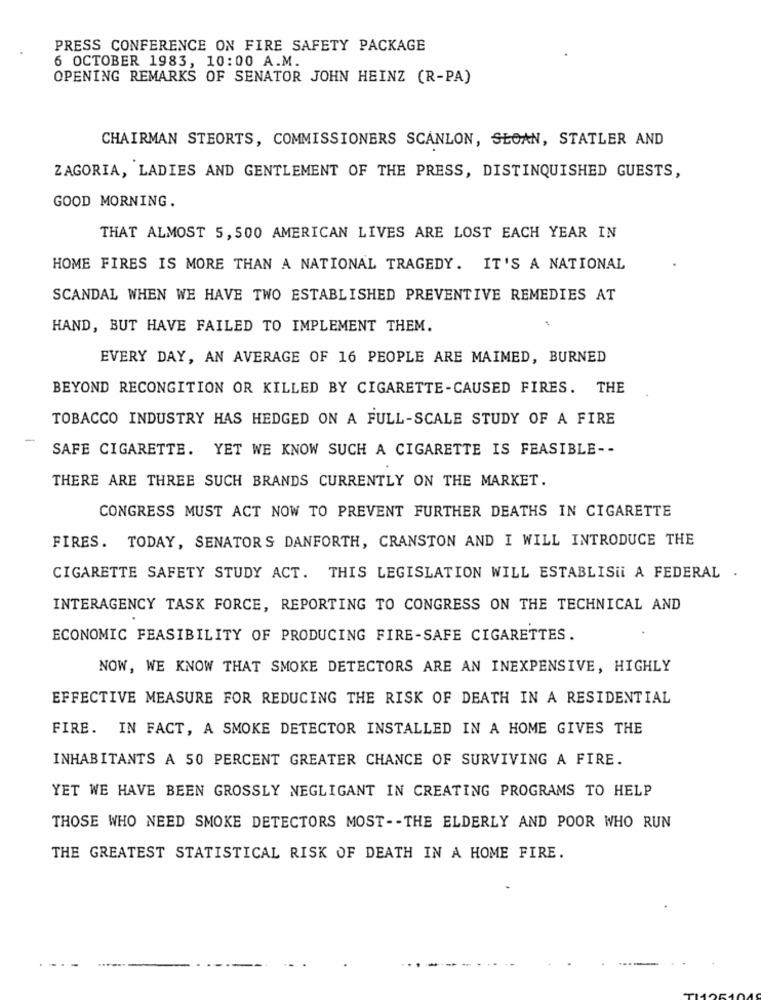
PRESS CONFERENCE ON FIRE SAFETY PACKAGE
6 OCTOBER 1983, 10:00 A.M.
OPENING REMARKS OF SENATOR JOHN HEINZ (R-PA)
CHAIRMAN STEORTS, COMMISSIONERS SCANLON, SLOAN, STATLER AND
ZAGORIA, LADIES AND GENTLEMENT OF THE PRESS, DISTINQUISHED GUESTS,
GOOD MORNING.
THAT ALMOST 5, 500 AMERICAN LIVES ARE LOST EACH YEAR IN
HOME FIRES IS MORE THAN A NATIONAL TRAGEDY. IT'S A NATIONAL
SCANDAL WHEN WE HAVE TWO ESTABLISHED PREVENTIVE REMEDIES AT
HAND, BUT HAVE FAILED TO IMPLEMENT THEM.
EVERY DAY, AN AVERAGE OF 16 PEOPLE ARE MAIMED, BURNED
BEYOND RECONGITION OR KILLED BY CIGARETTE-CAUSED FIRES. THE
TOBACCO INDUSTRY HAS HEDGED ON A FULL-SCALE STUDY OF A FIRE
SAFE CIGARETTE. YET WE KNOW SUCH A CIGARETTE IS FEASIBLE --
THERE ARE THREE SUCH BRANDS CURRENTLY ON THE MARKET.
CONGRESS MUST ACT NOW TO PREVENT FURTHER DEATHS IN CIGARETTE
FIRES. TODAY, SENATORS DANFORTH, CRANSTON AND I WILL INTRODUCE THE
CIGARETTE SAFETY STUDY ACT. THIS LEGISLATION WILL ESTABLISii A FEDERAL .
INTERAGENCY TASK FORCE, REPORTING TO CONGRESS ON THE TECHNICAL AND
ECONOMIC FEASIBILITY OF PRODUCING FIRE-SAFE CIGARETTES.
NOW, WE KNOW THAT SMOKE DETECTORS ARE AN INEXPENSIVE, HIGHLY
EFFECTIVE MEASURE FOR REDUCING THE RISK OF DEATH IN A RESIDENTIAL
FIRE. IN FACT, A SMOKE DETECTOR INSTALLED IN A HOME GIVES THE
INHABITANTS A 50 PERCENT GREATER CHANCE OF SURVIVING A FIRE.
YET WE HAVE BEEN GROSSLY NEGLIGANT IN CREATING PROGRAMS TO HELP
THOSE WHO NEED SMOKE DETECTORS MOST -- THE ELDERLY AND POOR WHO RUN
THE GREATEST STATISTICAL RISK OF DEATH IN A HOME FIRE.